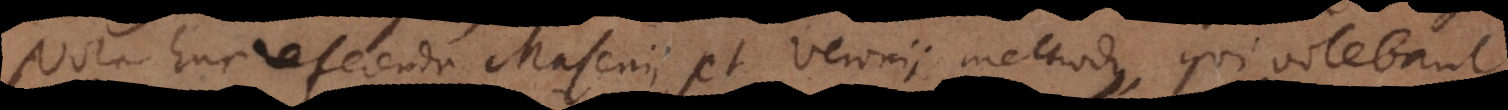
Nota huc referenda Masenii et Veronii methodus, qui volebant